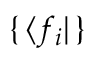
\{ \, \langle f _ { i } | \, \}